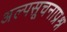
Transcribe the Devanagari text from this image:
अल्पसूचनाप्रश्न